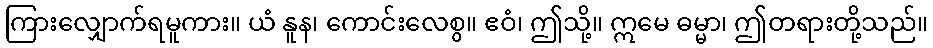
ကြားလျှောက်ရမူကား။ ယံ နူန၊ ကောင်းလေစွ။ ဧဝံ၊ ဤသို့။ ဣမေ ဓမ္မာ၊ ဤတရားတို့သည်။